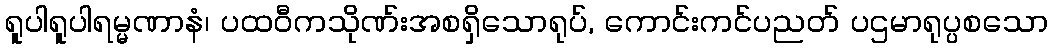
ရူပါရူပါရမ္မဏာနံ၊ ပထဝီကသိုဏ်းအစရှိသောရုပ်, ကောင်းကင်ပညတ် ပဌမာရုပ္ပစသော